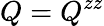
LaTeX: Q=Q^{zz}